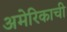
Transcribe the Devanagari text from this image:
अमेरिकाची